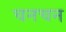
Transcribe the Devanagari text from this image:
चनचन